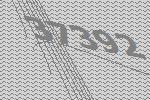
37392